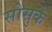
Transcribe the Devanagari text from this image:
सोसुके